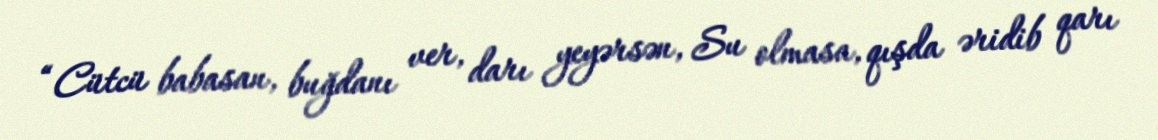
“Cütcü babasan, buğdanı ver, darı yeyərsən, Su olmasa, qışda əridib qarı